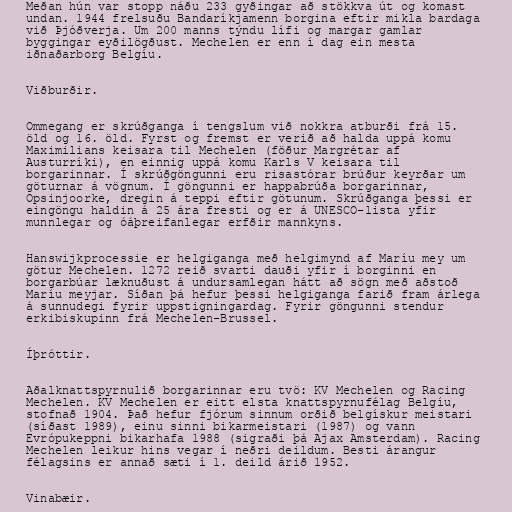
Meðan hún var stopp náðu 233 gyðingar að stökkva út og komast
undan. 1944 frelsuðu Bandaríkjamenn borgina eftir mikla bardaga
við Þjóðverja. Um 200 manns týndu lífi og margar gamlar
byggingar eyðilögðust. Mechelen er enn í dag ein mesta
iðnaðarborg Belgíu.

Viðburðir.

Ommegang er skrúðganga í tengslum við nokkra atburði frá 15.
öld og 16. öld. Fyrst og fremst er verið að halda uppá komu
Maximilians keisara til Mechelen (föður Margrétar af
Austurríki), en einnig uppá komu Karls V keisara til
borgarinnar. Í skrúðgöngunni eru risastórar brúður keyrðar um
göturnar á vögnum. Í göngunni er happabrúða borgarinnar,
Opsinjoorke, dregin á teppi eftir götunum. Skrúðganga þessi er
eingöngu haldin á 25 ára fresti og er á UNESCO-lista yfir
munnlegar og óáþreifanlegar erfðir mannkyns.

Hanswijkprocessie er helgiganga með helgimynd af Maríu mey um
götur Mechelen. 1272 reið svarti dauði yfir í borginni en
borgarbúar læknuðust á undursamlegan hátt að sögn með aðstoð
Maríu meyjar. Síðan þá hefur þessi helgiganga farið fram árlega
á sunnudegi fyrir uppstigningardag. Fyrir göngunni stendur
erkibiskupinn frá Mechelen-Brussel.

Íþróttir.

Aðalknattspyrnulið borgarinnar eru tvö: KV Mechelen og Racing
Mechelen. KV Mechelen er eitt elsta knattspyrnufélag Belgíu,
stofnað 1904. Það hefur fjórum sinnum orðið belgískur meistari
(síðast 1989), einu sinni bikarmeistari (1987) og vann
Evrópukeppni bikarhafa 1988 (sigraði þá Ajax Amsterdam). Racing
Mechelen leikur hins vegar í neðri deildum. Besti árangur
félagsins er annað sæti í 1. deild árið 1952.

Vinabæir.